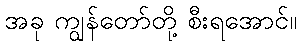
အခု ကျွန်တော်တို့ စီးရအောင်။